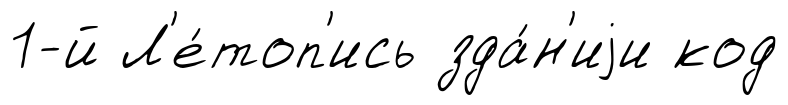
1-й Л'е́топ'ись зда́н'иjи код